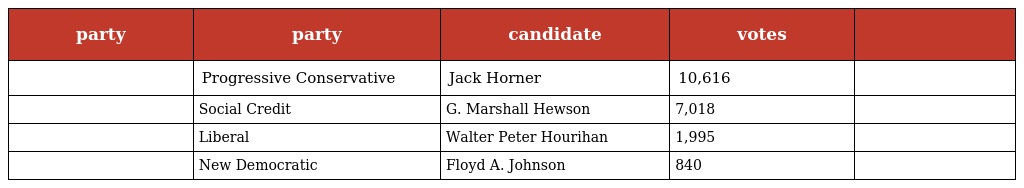
| party | party | candidate | votes |  |
 | --- | --- | --- | --- | --- |
 |  | Progressive Conservative | Jack Horner | 10,616 |  |
 |  | Social Credit | G. Marshall Hewson | 7,018 |  |
 |  | Liberal | Walter Peter Hourihan | 1,995 |  |
 |  | New Democratic | Floyd A. Johnson | 840 |  |